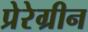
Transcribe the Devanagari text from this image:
प्रेरेग्रीन